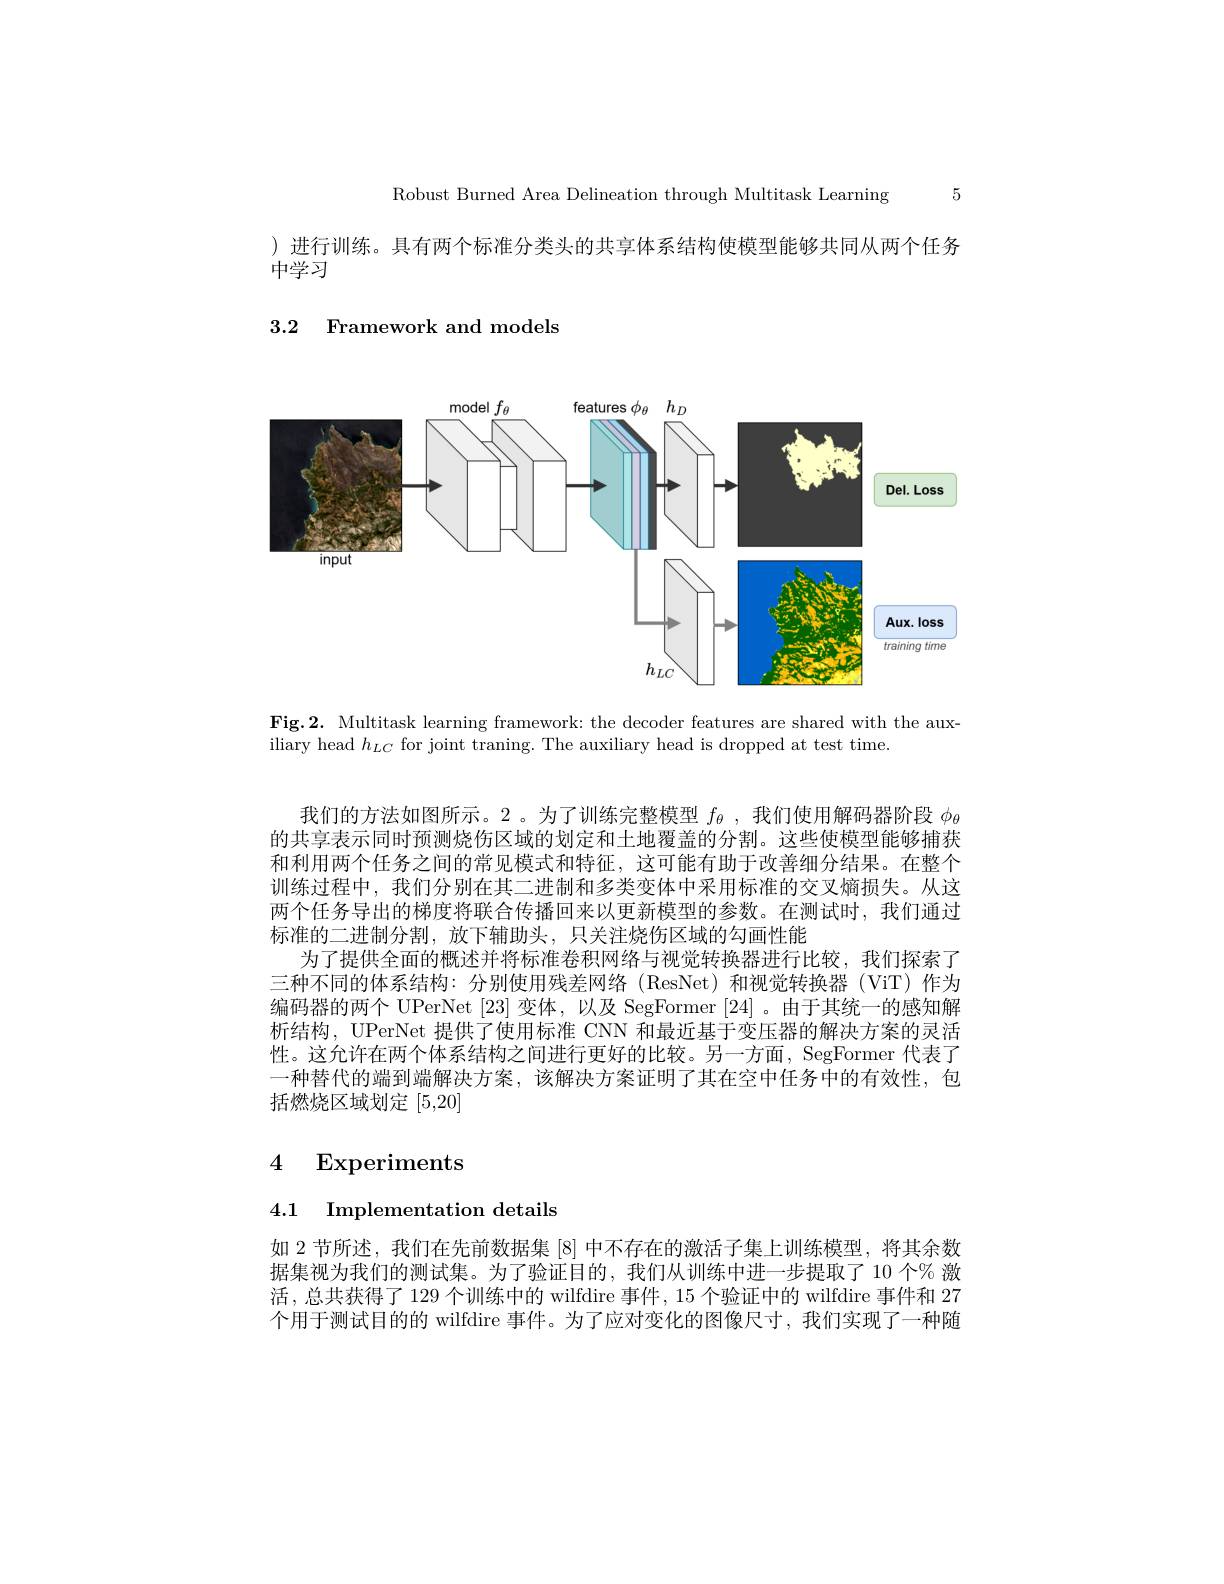
Robust Burned Area Delineation through Multitask Learning 5

)进行训练。具有两个标准分类头的共享体系结构使模型能够共同从两个任务

中学习

3.2 Framework and models

<FigureHere>

Fig.2. Multitask learning framework: the decoder features are shared with the aux-
iliary head $h_LC$ for joint traning. The auxiliary head is dropped at test time

我们的方法如图所示。2 。为了训练完整模型$f_\theta$,我们使用解码器阶段$\phi_\theta$ 的共享表示同时预测烧伤区域的划定和土地覆盖的分割。这些使模型能够捕获和利用两个任务之间的常见模式和特征，这可能有助于改善细分结果。在整个训练过程中，我们分别在其二进制和多类变体中采用标准的交叉熵损失。从这两个任务导出的梯度将联合传播回来以更新模型的参数。在测试时，我们通过标准的二进制分割，放下辅助头，只关注烧伤区域的勾画性能
为了提供全面的概述并将标准卷积网络与视觉转换器进行比较，我们探索了三种不同的体系结构：分别使用残差网络 (ResNet) 和视觉转换器 (ViT) 作为编码器的两个 UPerNet [23] 变体，以及 SegFormer [24] 。由于其统一的感知解析结构，UPerNet 提供了使用标准 CNN 和最近基于变压器的解决方案的灵活性。这允许在两个体系结构之间进行更好的比较。另一方面，SegFormer 代表了一种替代的端到端解决方案，该解决方案证明了其在空中任务中的有效性，包括燃烧区域划定[5,20]

# 4 Experiments

4.1 Implementation details

如 2 节所述，我们在先前数据集 [8] 中不存在的激活子集上训练模型，将其余数据集视为我们的测试集。为了验证目的，我们从训练中进一步提取了10 个% 激活，总共获得了129个训练中的 wilfdire 事件，15 个验证中的 wilfdire 事件和 27个用于测试目的的 wilfdire 事件。为了应对变化的图像尺寸，我们实现了一种随